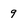
Character: 9